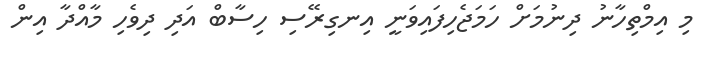
މި އިމްތިހާނު ދިނުމަށް ހަމަޖެހިފައިވަނީ އިނގިރޭސި ހިސާބް އަދި ދިވެހި މާއްދާ އިން